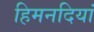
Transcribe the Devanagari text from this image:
हिमनदियां